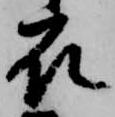
衣